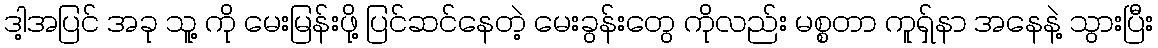
ဒါ့အပြင် အခု သူ့ ကို မေးမြန်းဖို့ ပြင်ဆင်နေတဲ့ မေးခွန်းတွေ ကိုလည်း မစ္စတာ ကူရှ်နာ အနေနဲ့ သွားပြီး